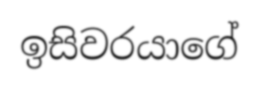
ඉසිවරයාගේ